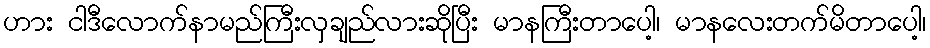
ဟား ငါဒီလောက်နာမည်ကြီးလှချည်လားဆိုပြီး မာနကြီးတာပေါ့၊ မာနလေးတက်မိတာပေါ့၊